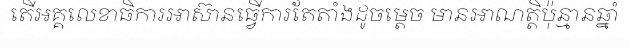
តើអគ្គលេខាធិការអាស៊ានធ្វើការតែតាំងដូចម្តេច មានអាណត្តិប៉ុន្មានឆ្នាំ